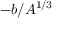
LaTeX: - b / A ^ { 1 / 3 }